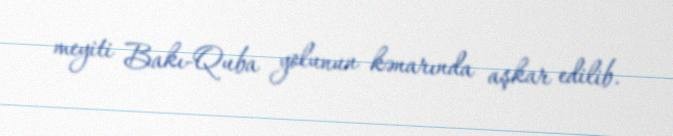
meyiti Bakı-Quba yolunun kənarında aşkar edilib.